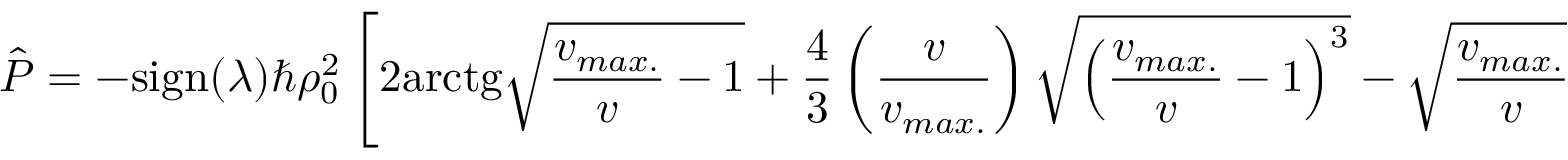
\hat { P } = - \mathrm { s i g n } ( \lambda ) \hbar \rho _ { 0 } ^ { 2 } \left[ 2 \mathrm { a r c t g } \sqrt { { \frac { v _ { m a x . } } { v } } - 1 } + { \frac { 4 } { 3 } } \left( { \frac { v } { v _ { m a x . } } } \right) \sqrt { \left( { \frac { v _ { m a x . } } { v } } - 1 \right) ^ { 3 } } - \sqrt { { \frac { v _ { m a x . } } { v } } - 1 } \right] ,